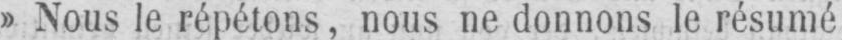
» Nous le répétons, nous ne donnons le résumé